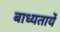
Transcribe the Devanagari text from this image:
बाध्यतायें